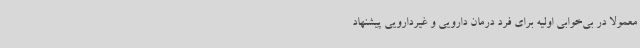
معمولا در بی‌خوابی اولیه برای فرد درمان دارویی و غیردارویی پیشنهاد